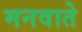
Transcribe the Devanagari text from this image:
मनवाते